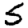
Digit: 5